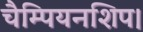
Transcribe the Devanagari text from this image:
चैम्पियनशिप।